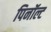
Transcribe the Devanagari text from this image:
पिनॉल्ट